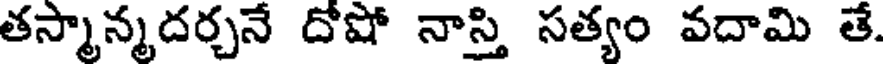
తస్మాన్మదర్చనే దోషో నాస్తి సత్యం వదామి తే.